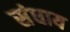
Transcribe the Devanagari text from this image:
संधाय